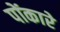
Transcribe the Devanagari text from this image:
पोंकारे